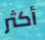
أكثر